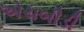
એચબીડી